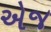
એજ